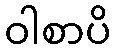
ဝါစာပိ